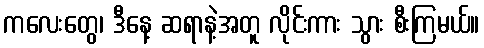
ကလေးတွေ၊ ဒီနေ့ ဆရာနဲ့အတူ လိုင်းကား သွား စီးကြမယ်။